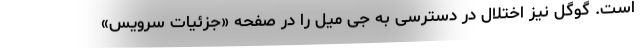
است. گوگل نیز اختلال در دسترسی به جی میل را در صفحه «جزئیات سرویس»